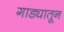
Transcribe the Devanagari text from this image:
गाड्यातून